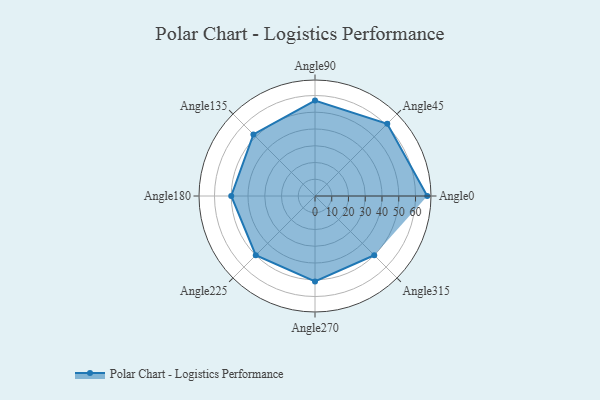
{"axis": {"x": "Angle", "y": "Radius"}, "legend": [""], "data": [{"x": "Angle0", "y": 67.0, "type": ""}, {"x": "Angle45", "y": 61.0, "type": ""}, {"x": "Angle90", "y": 57.0, "type": ""}, {"x": "Angle135", "y": 52.0, "type": ""}, {"x": "Angle180", "y": 50.0, "type": ""}, {"x": "Angle225", "y": 50, "type": ""}, {"x": "Angle270", "y": 51.0, "type": ""}, {"x": "Angle315", "y": 50, "type": ""}]}